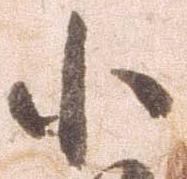
小